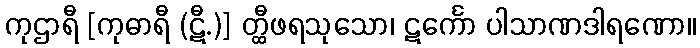
ကုဌာရီ [ကုဓာရီ (ဋီ.)] တ္ထီဖရသုသော၊ ဋင်္ကော ပါသာဏဒါရဏော။